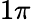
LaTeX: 1\pi